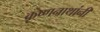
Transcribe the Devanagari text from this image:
कृष्णनाथांनी